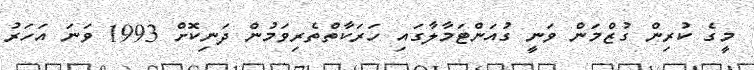
މީގެ ކުރިން ގުޒްމަން ވަނީ ގުއަންޓަމާލާގައި ހަރަކާތްތެރިވަމުން ދަނިކޮށް 1993 ވަނަ އަހަރު